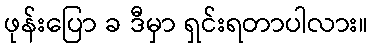
ဖုန်းပြော ခ ဒီမှာ ရှင်းရတာပါလား။